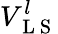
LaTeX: V_{\mathrm{~L~S~}}^{l}